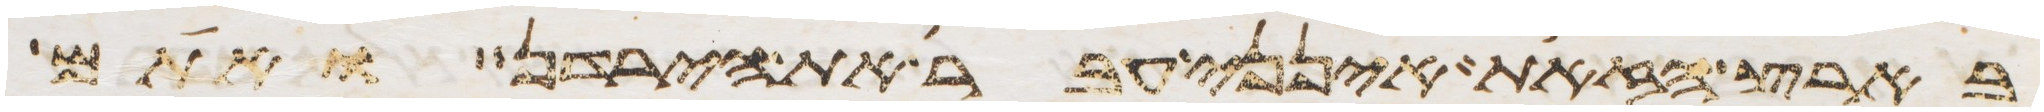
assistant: בארץ הזאת אינני עבר את הירדן ואתם